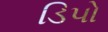
ડિપો